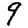
Digit: 9